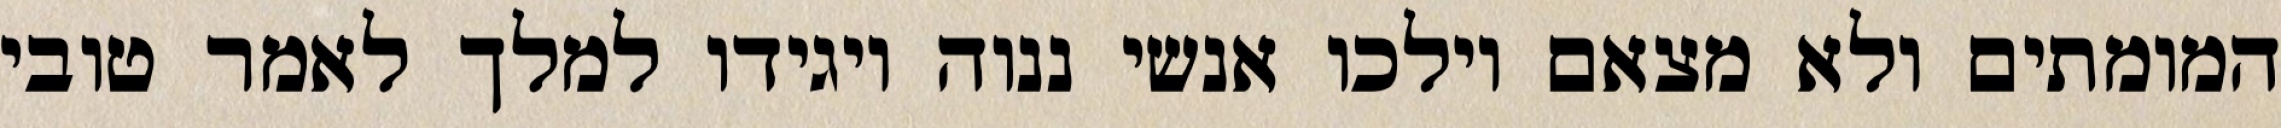
המומתים ולא מצאם וילכו אנשי ננוה ויגידו למלך לאמר טובי